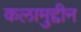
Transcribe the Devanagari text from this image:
कलामुद्दीन